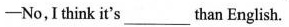
——No,I think it's___ than English.